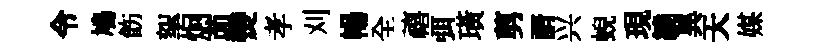
令鳩飭挐炯茆𤓖孝刈暢全禧弭璜剪諝兴蜺現繞異天媒